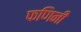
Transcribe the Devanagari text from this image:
फणिनी